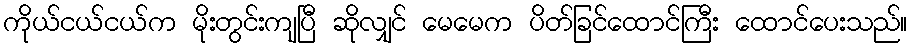
ကိုယ်ငယ်ငယ်က မိုးတွင်းကျပြီ ဆိုလျှင် မေမေက ပိတ်ခြင်ထောင်ကြီး ထောင်ပေးသည်။